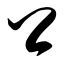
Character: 卿